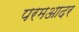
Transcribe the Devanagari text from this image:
परमआदर